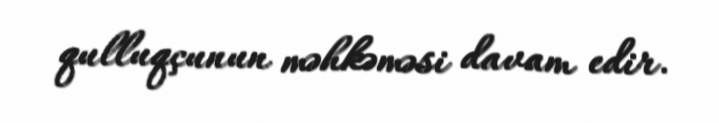
qulluqçunun məhkəməsi davam edir.